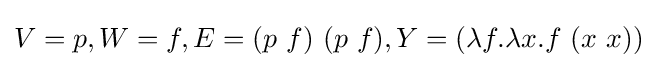
V=p,W=f,E=(p\ f)\ (p\ f),Y=(\lambda f.\lambda x.f\ (x\ x))